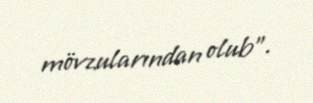
mövzularından olub”.